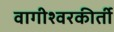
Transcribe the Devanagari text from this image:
वागीश्वरकीर्ती